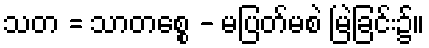
သတ = သာတစ္စေ - မပြတ်မစဲ မြဲခြင်း၌။